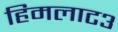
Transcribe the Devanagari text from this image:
हिमलाट३